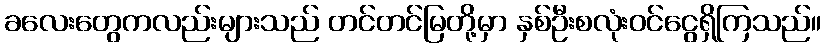
ခလေးတွေကလည်းများသည် တင်တင်မြတို့မှာ နှစ်ဦးစလုံးဝင်ငွေရှိကြသည်။